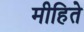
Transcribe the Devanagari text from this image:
मीहिते